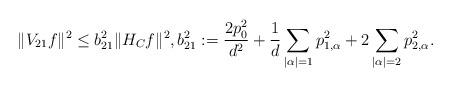
LaTeX: \begin{align*}\|V_{21}f\|^2\leq b_{21}^2\|H_C f\|^2,b_{21}^2:=\frac{2p_0^{2}}{d^2}+\frac{1}{d}\sum_{|\alpha|=1}p_{1,\alpha}^{2}+2\sum_{|\alpha|=2}p_{2,\alpha}^{2}.\end{align*}